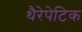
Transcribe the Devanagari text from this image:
थैरेपेटिक